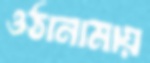
ওঠানামায়